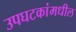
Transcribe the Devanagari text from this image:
उपघटकांमधील